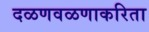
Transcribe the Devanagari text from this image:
दळणवळणाकरिता